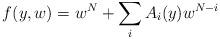
LaTeX: \begin{align*}f(y,w) = w^{N}+ \sum_i A_i(y) w^{N-i}\end{align*}